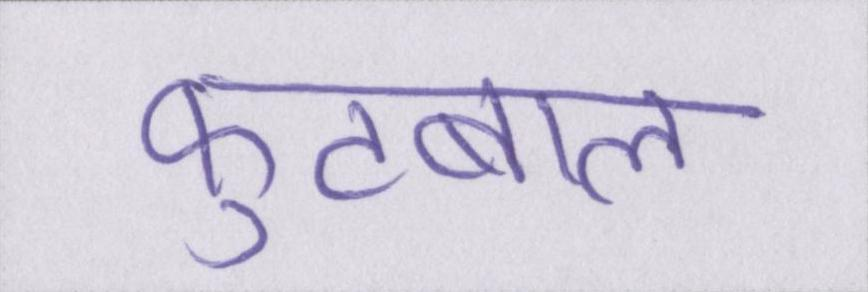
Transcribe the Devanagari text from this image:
फ़ुटबाल